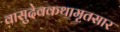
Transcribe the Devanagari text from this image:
वासुदेवकथामृतसार